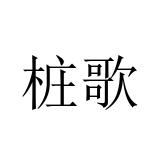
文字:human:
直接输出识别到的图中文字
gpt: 桩歌